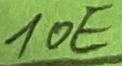
Text: 10E